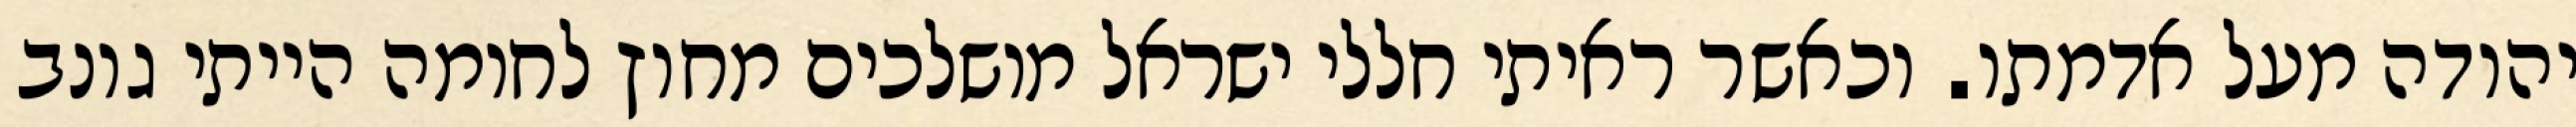
יהודה מעל אדמתו. וכאשר ראיתי חללי ישראל מושלכים מחוץ לחומה הייתי גונב